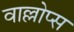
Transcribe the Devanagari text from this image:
वाल्लोप्स